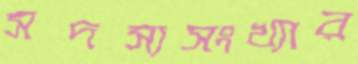
সদস্যসংখ্যার